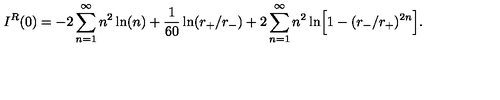
I ^ { R } ( 0 ) = - 2 \sum _ { n = 1 } ^ { \infty } n ^ { 2 } \ln ( n ) + { \frac { 1 } { 6 0 } } \ln ( r _ { + } / r _ { - } ) + 2 \sum _ { n = 1 } ^ { \infty } n ^ { 2 } \ln \Bigr [ 1 - ( r _ { - } / r _ { + } ) ^ { 2 n } \Bigr ] .